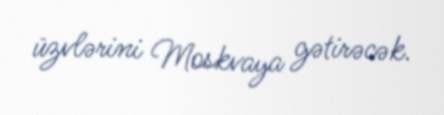
üzvlərini Moskvaya gətirəcək.